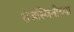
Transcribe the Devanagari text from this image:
तेजस्विनीच्या